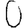
Digit: 0